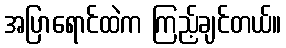
အပြာရောင်ထဲက ကြည့်ချင်တယ်။